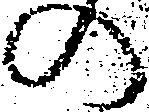
の